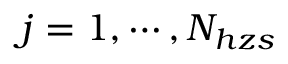
j = 1 , \cdots , N _ { h z s }